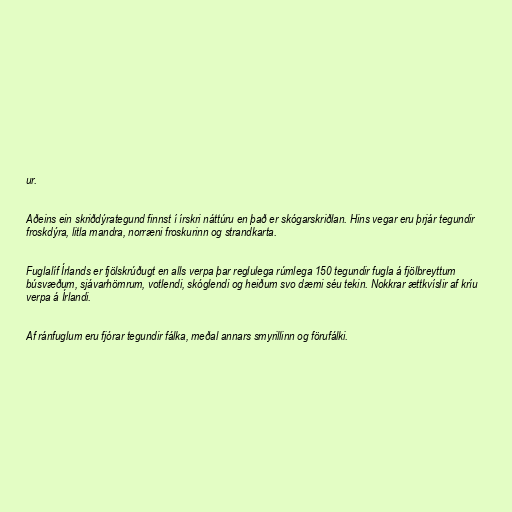
ur.

Aðeins ein skriðdýrategund finnst í írskri náttúru en það er skógarskriðlan. Hins vegar eru þrjár tegundir
froskdýra, litla mandra, norræni froskurinn og strandkarta.

Fuglalíf Írlands er fjölskrúðugt en alls verpa þar reglulega rúmlega 150 tegundir fugla á fjölbreyttum
búsvæðum, sjávarhömrum, votlendi, skóglendi og heiðum svo dæmi séu tekin. Nokkrar ættkvíslir af kríu
verpa á Írlandi.

Af ránfuglum eru fjórar tegundir fálka, meðal annars smyrillinn og förufálki.